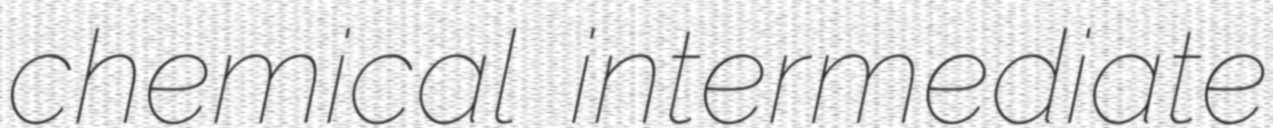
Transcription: chemical intermediate